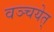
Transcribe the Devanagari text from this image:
वञ्चयेत्